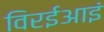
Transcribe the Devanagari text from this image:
विरईआइं